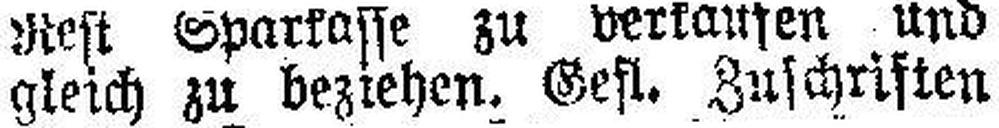
gleich zu beziehen. Gest. Zuschriften